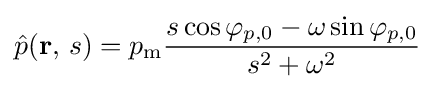
{\hat {p}}(\mathbf {r} ,\,s)=p_{\mathrm {m} }{\frac {s\cos \varphi _{p,0}-\omega \sin \varphi _{p,0}}{s^{2}+\omega ^{2}}}